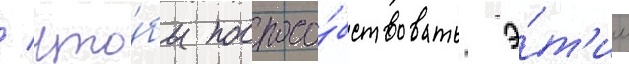
/ что́бы поспосо́бствовать э́т'им